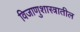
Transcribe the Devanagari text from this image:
विजाणुशास्त्रातील